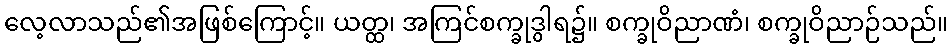
လေ့လာသည်၏အဖြစ်ကြောင့်။ ယတ္ထ၊ အကြင်စက္ခုဒွါရ၌။ စက္ခုဝိညာဏံ၊ စက္ခုဝိညာဉ်သည်။